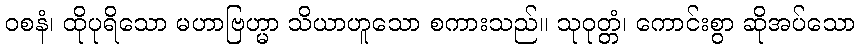
ဝစနံ၊ ထိုပုရိသော မဟာဗြဟ္မာ သိယာဟူသော စကားသည်။ သုဝုတ္တံ၊ ကောင်းစွာ ဆိုအပ်သော